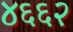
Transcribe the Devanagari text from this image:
४६६२